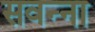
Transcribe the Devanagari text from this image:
सवन्ना